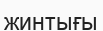
жинтығы